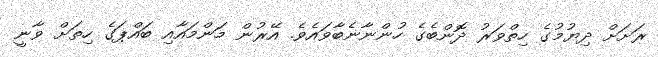
ރަށަށް ދިޔުމުގެ ހިތްވަރު ދޮންބެގެ ހުންނާނެބާވައެވެ. އޭރުން މަންމައާއި ބައްޕަގެ ހިތަށް ވާނީ